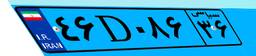
۸۷D۸۵۰۰۹